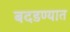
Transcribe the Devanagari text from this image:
बदडण्यात